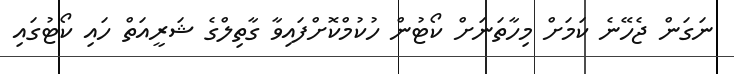
ނަގަން ޖެހޭނެ ކަމަށް މިހާތަނަށް ކޯޓުން ހުކުމްކޮށްފައިވާ ގާތިލްގެ ޝަރީއަތް ހައި ކޯޓުގައި